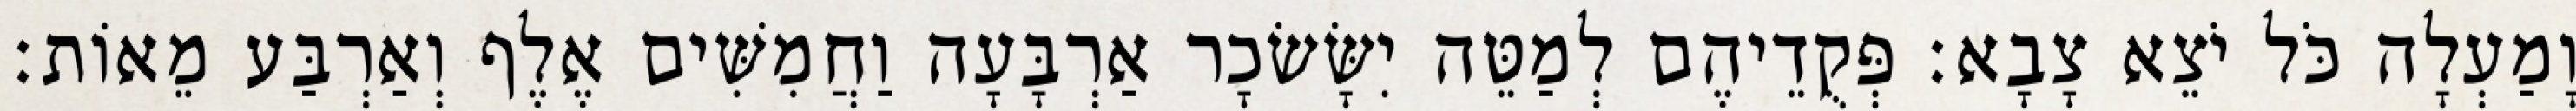
וָמַעְלָה כֹּל יֹצֵא צָבָא׃ פְּקֻדֵיהֶם לְמַטֵּה יִשָּׂשׂכָר אַרְבָּעָה וַחֲמִשִּׁים אֶלֶף וְאַרְבַּע מֵאוֹת׃